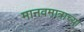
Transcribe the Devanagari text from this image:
मानवमात्राच्या